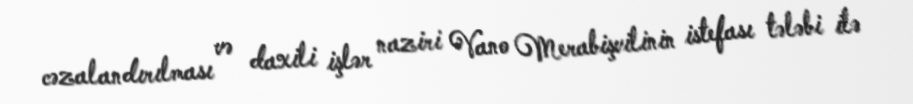
cəzalandırılması və daxili işlər naziri Vano Merabişvilinin istefası tələbi ilə